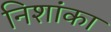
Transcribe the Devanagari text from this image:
निशांका